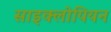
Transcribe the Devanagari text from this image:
साइक्लोपियन